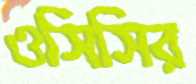
ওসিসির